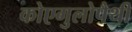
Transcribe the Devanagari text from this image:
कोएगुलोपैथी